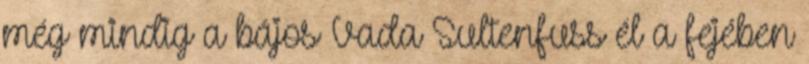
még mindig a bájos Vada Sultenfuss él a fejében